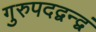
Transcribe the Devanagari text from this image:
गुरुपदद्वन्द्वं